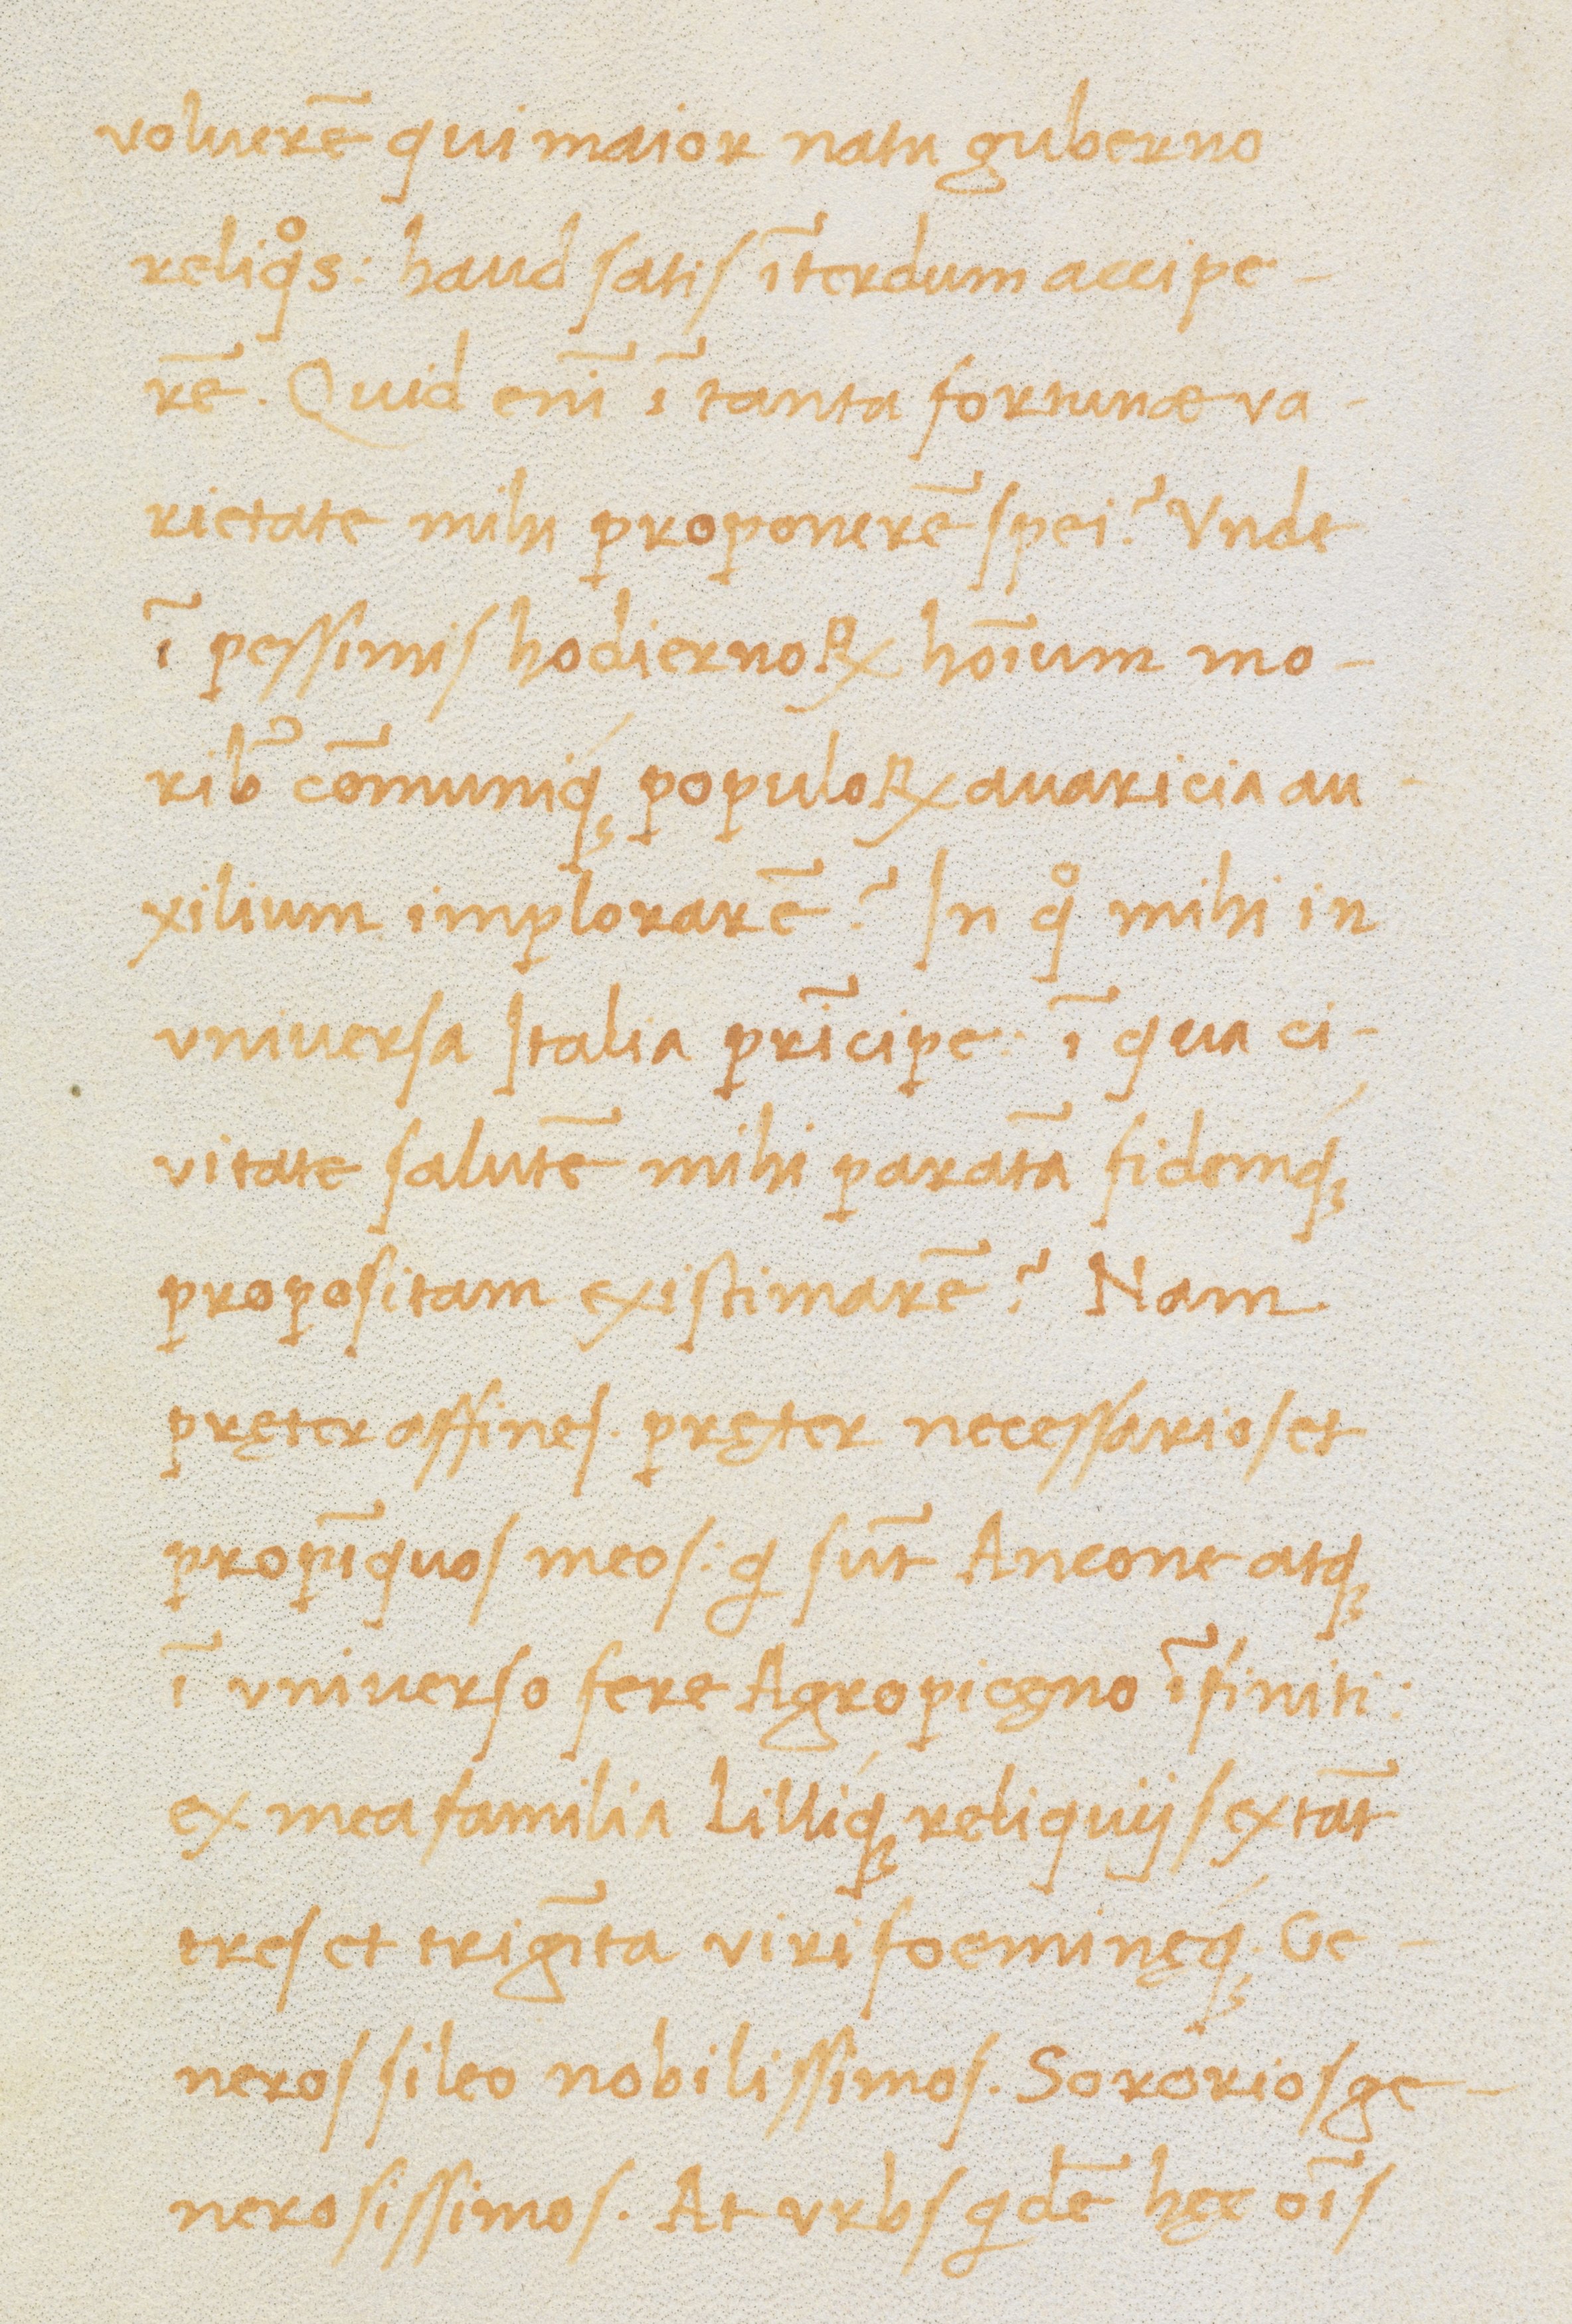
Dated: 1470–1499